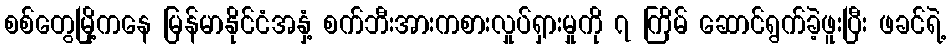
စစ်တွေမြို့ကနေ မြန်မာနိုင်ငံအနှံ့ စက်ဘီးအားကစားလှုပ်ရှားမှုကို ၇ ကြိမ် ဆောင်ရွက်ခဲ့ဖူးပြီး ဖခင်ရဲ့